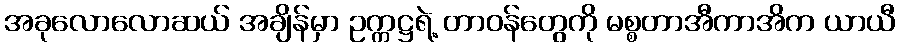
အခုလောလောဆယ် အချိန်မှာ ဥက္ကဋ္ဌရဲ့ တာဝန်တွေကို မစ္စတာအီကာအိက ယာယီ